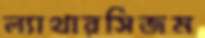
ল্যাথারসিজম